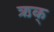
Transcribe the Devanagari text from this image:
ऋक्‌